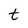
Character: t